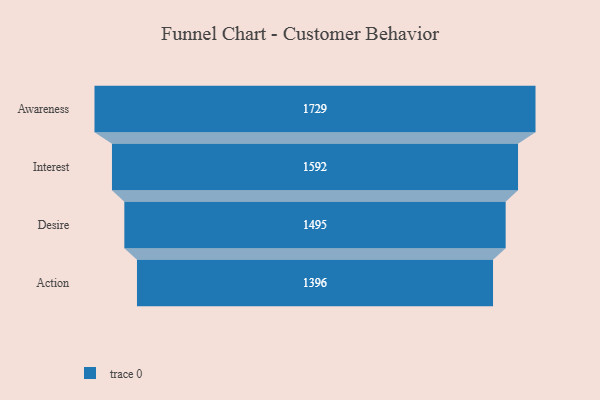
{"axis": {"x": "Stage", "y": "Value"}, "legend": [""], "data": [{"x": "Awareness", "y": 1729.0, "type": ""}, {"x": "Interest", "y": 1592.0, "type": ""}, {"x": "Desire", "y": 1495.0, "type": ""}, {"x": "Action", "y": 1396.0, "type": ""}]}